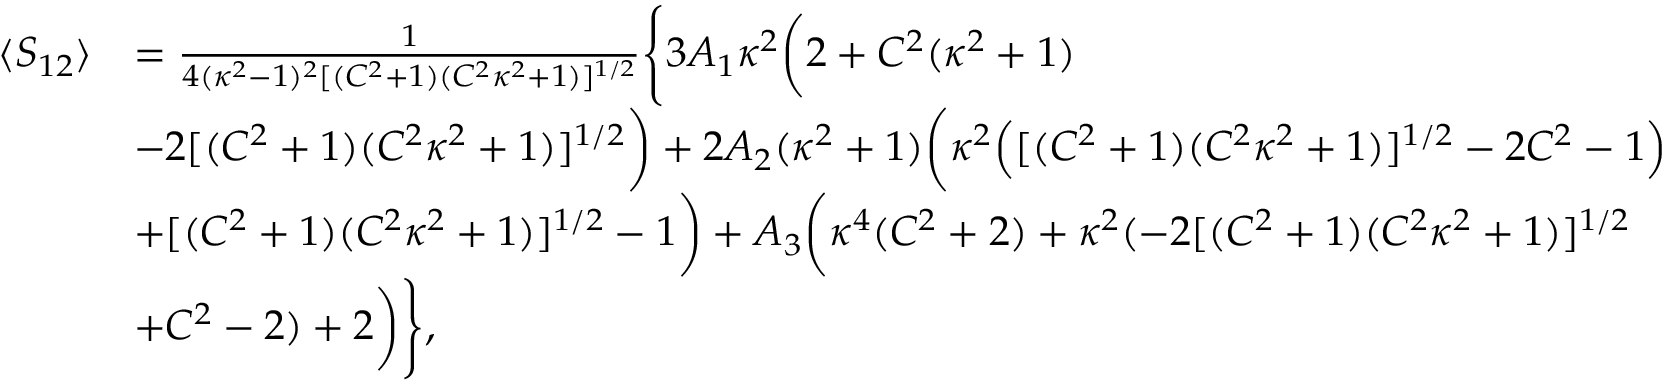
\begin{array} { r l } { \langle S _ { 1 2 } \rangle } & { = \frac { 1 } { 4 ( \kappa ^ { 2 } - 1 ) ^ { 2 } [ ( C ^ { 2 } + 1 ) ( C ^ { 2 } \kappa ^ { 2 } + 1 ) ] ^ { 1 / 2 } } \Bigg \{ 3 A _ { 1 } \kappa ^ { 2 } \bigg ( 2 + C ^ { 2 } ( \kappa ^ { 2 } + 1 ) } \\ & { - 2 [ ( C ^ { 2 } + 1 ) ( C ^ { 2 } \kappa ^ { 2 } + 1 ) ] ^ { 1 / 2 } \bigg ) + 2 A _ { 2 } ( \kappa ^ { 2 } + 1 ) \bigg ( \kappa ^ { 2 } \Big ( [ ( C ^ { 2 } + 1 ) ( C ^ { 2 } \kappa ^ { 2 } + 1 ) ] ^ { 1 / 2 } - 2 C ^ { 2 } - 1 \Big ) } \\ & { + [ ( C ^ { 2 } + 1 ) ( C ^ { 2 } \kappa ^ { 2 } + 1 ) ] ^ { 1 / 2 } - 1 \bigg ) + A _ { 3 } \bigg ( \kappa ^ { 4 } ( C ^ { 2 } + 2 ) + \kappa ^ { 2 } ( - 2 [ ( C ^ { 2 } + 1 ) ( C ^ { 2 } \kappa ^ { 2 } + 1 ) ] ^ { 1 / 2 } } \\ & { + C ^ { 2 } - 2 ) + 2 \bigg ) \Bigg \} , } \end{array}